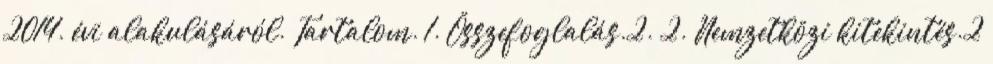
2014. évi alakulásáról. Tartalom. 1. Összefoglalás.2. 2. Nemzetközi kitekintés.2